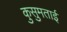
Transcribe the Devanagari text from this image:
कुसुमताई